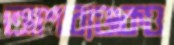
আশাব্যঞ্জকও